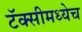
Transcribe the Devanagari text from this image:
टॅक्सीमध्येच